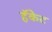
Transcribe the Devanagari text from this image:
हॅकेट